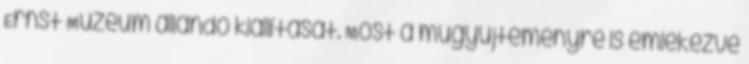
Ernst Múzeum állandó kiállítását. Most a műgyűjteményre is emlékezve